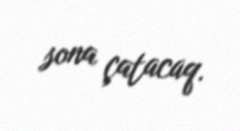
sona çatacaq.